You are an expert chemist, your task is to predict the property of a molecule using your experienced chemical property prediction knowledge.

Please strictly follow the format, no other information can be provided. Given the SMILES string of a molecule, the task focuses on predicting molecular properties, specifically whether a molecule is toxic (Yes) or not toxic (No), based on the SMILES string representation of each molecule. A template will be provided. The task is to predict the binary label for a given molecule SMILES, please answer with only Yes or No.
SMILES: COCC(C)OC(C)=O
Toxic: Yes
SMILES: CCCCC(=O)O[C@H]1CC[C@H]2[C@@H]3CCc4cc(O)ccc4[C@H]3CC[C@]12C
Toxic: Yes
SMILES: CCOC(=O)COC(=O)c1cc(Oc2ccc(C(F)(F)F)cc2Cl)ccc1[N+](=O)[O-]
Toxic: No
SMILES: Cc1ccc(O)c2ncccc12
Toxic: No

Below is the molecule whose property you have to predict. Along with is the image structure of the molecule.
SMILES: N=C(N)NN=C(C=Cc1ccc([N+](=O)[O-])o1)C=Cc1ccc([N+](=O)[O-])o1
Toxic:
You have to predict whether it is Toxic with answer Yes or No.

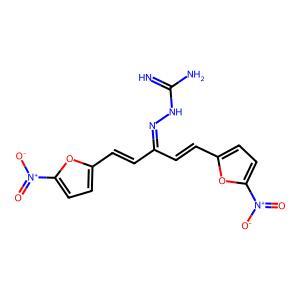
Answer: No